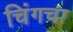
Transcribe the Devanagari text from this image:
चिंगचा